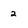
Character: 2